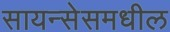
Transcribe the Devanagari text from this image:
सायन्सेसमधील